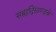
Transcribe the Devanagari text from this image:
सह्यद्रिखण्डके